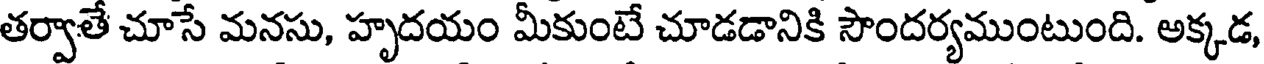
తర్వాతే చూసే మనసు, హృదయం మీకుంటే చూడడానికి సౌందర్యముంటుంది. అక్కడ